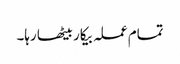
تمام عملہ بیکار بیٹھا رہا۔